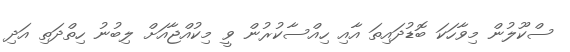
ސްކޫލުން މިވާހަކަ ބޮޑުދައިތަ އާއި ހިއްސާކުރުން ވީ މިކުއްޖާއަށް ލިބުނު ހިތްދަތި އަދި